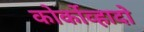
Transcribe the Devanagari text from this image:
कोर्कोव्हादो